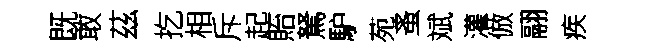
既敢茲扢相斥起貽駑馿苑蚤斌灌倣翮疾